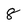
Character: 8